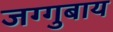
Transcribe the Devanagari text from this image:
जग्गुबाय